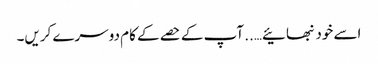
اسے خود نبھائیے….. آپ کے حصے کے کام دوسرے کریں۔